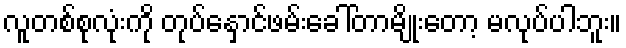
လူတစ်စုလုံးကို တုပ်နှောင်ဖမ်းခေါ်တာမျိုးတော့ မလုပ်ပါဘူး။